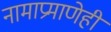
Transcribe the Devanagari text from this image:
नामाप्रमाणेही